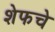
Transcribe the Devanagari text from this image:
शेफचे